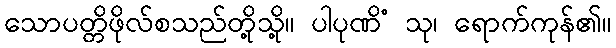
သောပတ္တိဖိုလ်စသည်တို့သို့။ ပါပုဏိံ သု၊ ရောက်ကုန်၏။